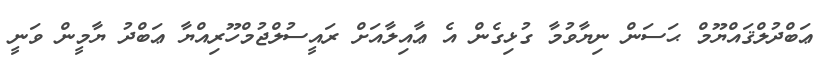
ޢަބްދުލްޤައްޔޫމް ޙަސަން ނިޔާވުމާ ގުޅިގެން އެ ޢާއިލާއަށް ރައީސުލްޖުމްހޫރިއްޔާ ޢަބްދު ޔާމީން ވަނީ